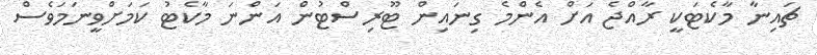
ޗައިނާ މާކެޓަކީ ރާއްޖެ އަށް އެންމެ ގިނައިން ޓޫރިސްޓުން އަންނަ މާކެޓު ކަމަށްވީނަމަވެސް